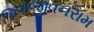
જગજીવનરામ